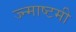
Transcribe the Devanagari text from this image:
ज्न्माष्टमी